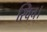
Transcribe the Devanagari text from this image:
स्विच।